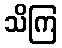
သိကြ